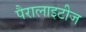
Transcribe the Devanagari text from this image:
पैरालाइटीज